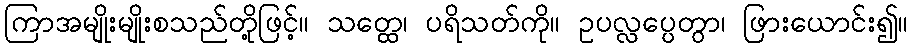
ကြာအမျိုးမျိုးစသည်တို့ဖြင့်။ သတ္ထေ၊ ပရိသတ်ကို။ ဥပလ္လပ္ပေတွာ၊ ဖြားယောင်း၍။